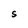
Character: S